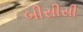
બીસીસી